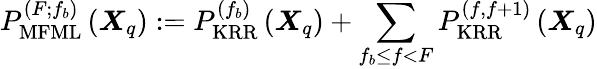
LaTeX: P_{\mathrm{MFML}}^{(F;f_{b})}\left(\boldsymbol{X}_{q}\right):=P_{\mathrm{KRR}}^{(f_{b})}\left(\boldsymbol{X}_{q}\right)+\sum_{f_{b}\leq f<F}P_{\mathrm{KRR}}^{(f,f+1)}\left(\boldsymbol{X}_{q}\right)